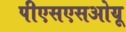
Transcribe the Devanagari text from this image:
पीएसएसओयू